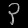
Digit: ၃